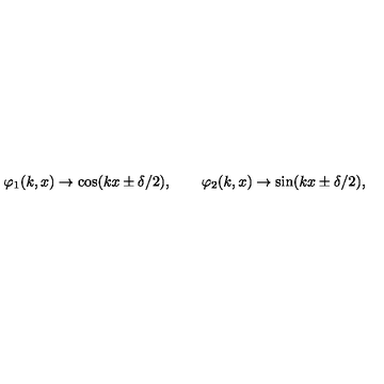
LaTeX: \varphi _ { 1 } ( k , x ) \to \cos ( k x \pm \delta / 2 ) , \qquad \varphi _ { 2 } ( k , x ) \to \sin ( k x \pm \delta / 2 ) ,